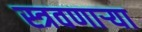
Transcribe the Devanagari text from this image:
स्त्रवणार्‍या